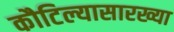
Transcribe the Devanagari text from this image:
कौटिल्यासारख्या